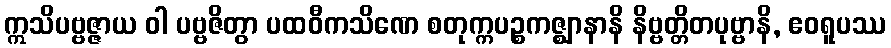
ဣသိပဗ္ဗဇ္ဇာယ ဝါ ပဗ္ဗဇိတွာ ပထဝီကသိဏေ စတုက္ကပဉ္စကဇ္ဈာနာနိ နိဗ္ဗတ္တိတပုဗ္ဗာနိ, ဧဝရူပဿ